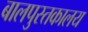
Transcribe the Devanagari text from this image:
बालपुस्तकालय